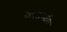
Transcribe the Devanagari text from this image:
फेरपालटीस